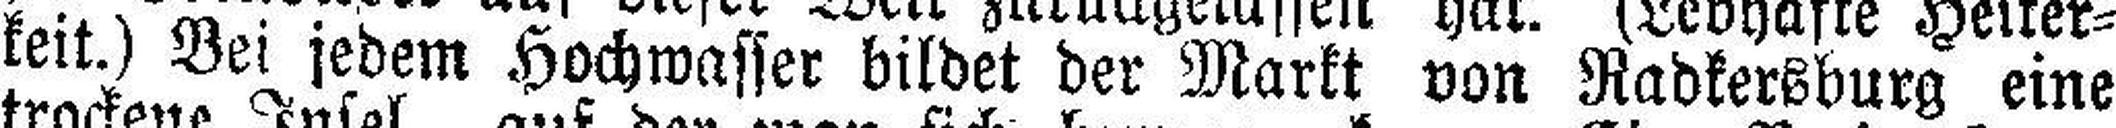
keit.) Bei jedem Hochwasser bildet der Markt von Radkersburg eine